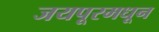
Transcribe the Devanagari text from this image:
जयपूरमधून